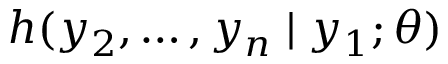
h ( y _ { 2 } , \dots , y _ { n } \mid y _ { 1 } ; \theta )